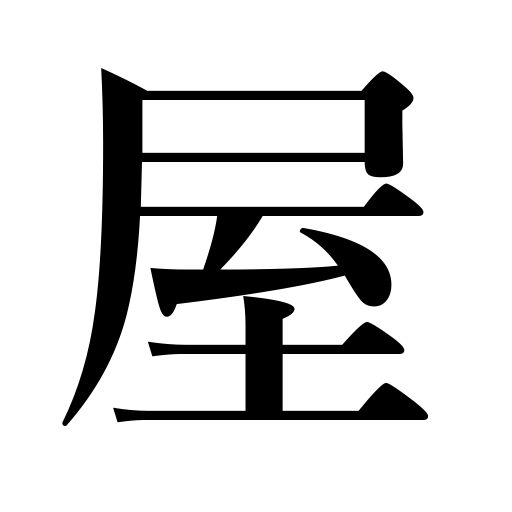
Meanings: house,business,store,dealer,seller,shop,roof